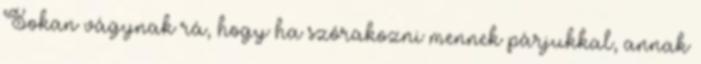
Sokan vágynak rá, hogy ha szórakozni mennek párjukkal, annak